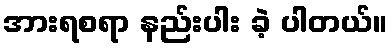
အားရစရာ နည်းပါး ခဲ့ ပါတယ်။